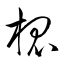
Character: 槐